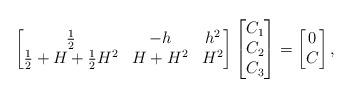
LaTeX: \begin{align*}\begin{bmatrix} \frac12 & -h & h^2\\ \frac12 +H+\frac12 H^2 & H+H^2& H^2 \end{bmatrix} \begin{bmatrix} C_1\\C_2\\C_3\end{bmatrix}=\begin{bmatrix} 0\\ C\end{bmatrix}, \end{align*}